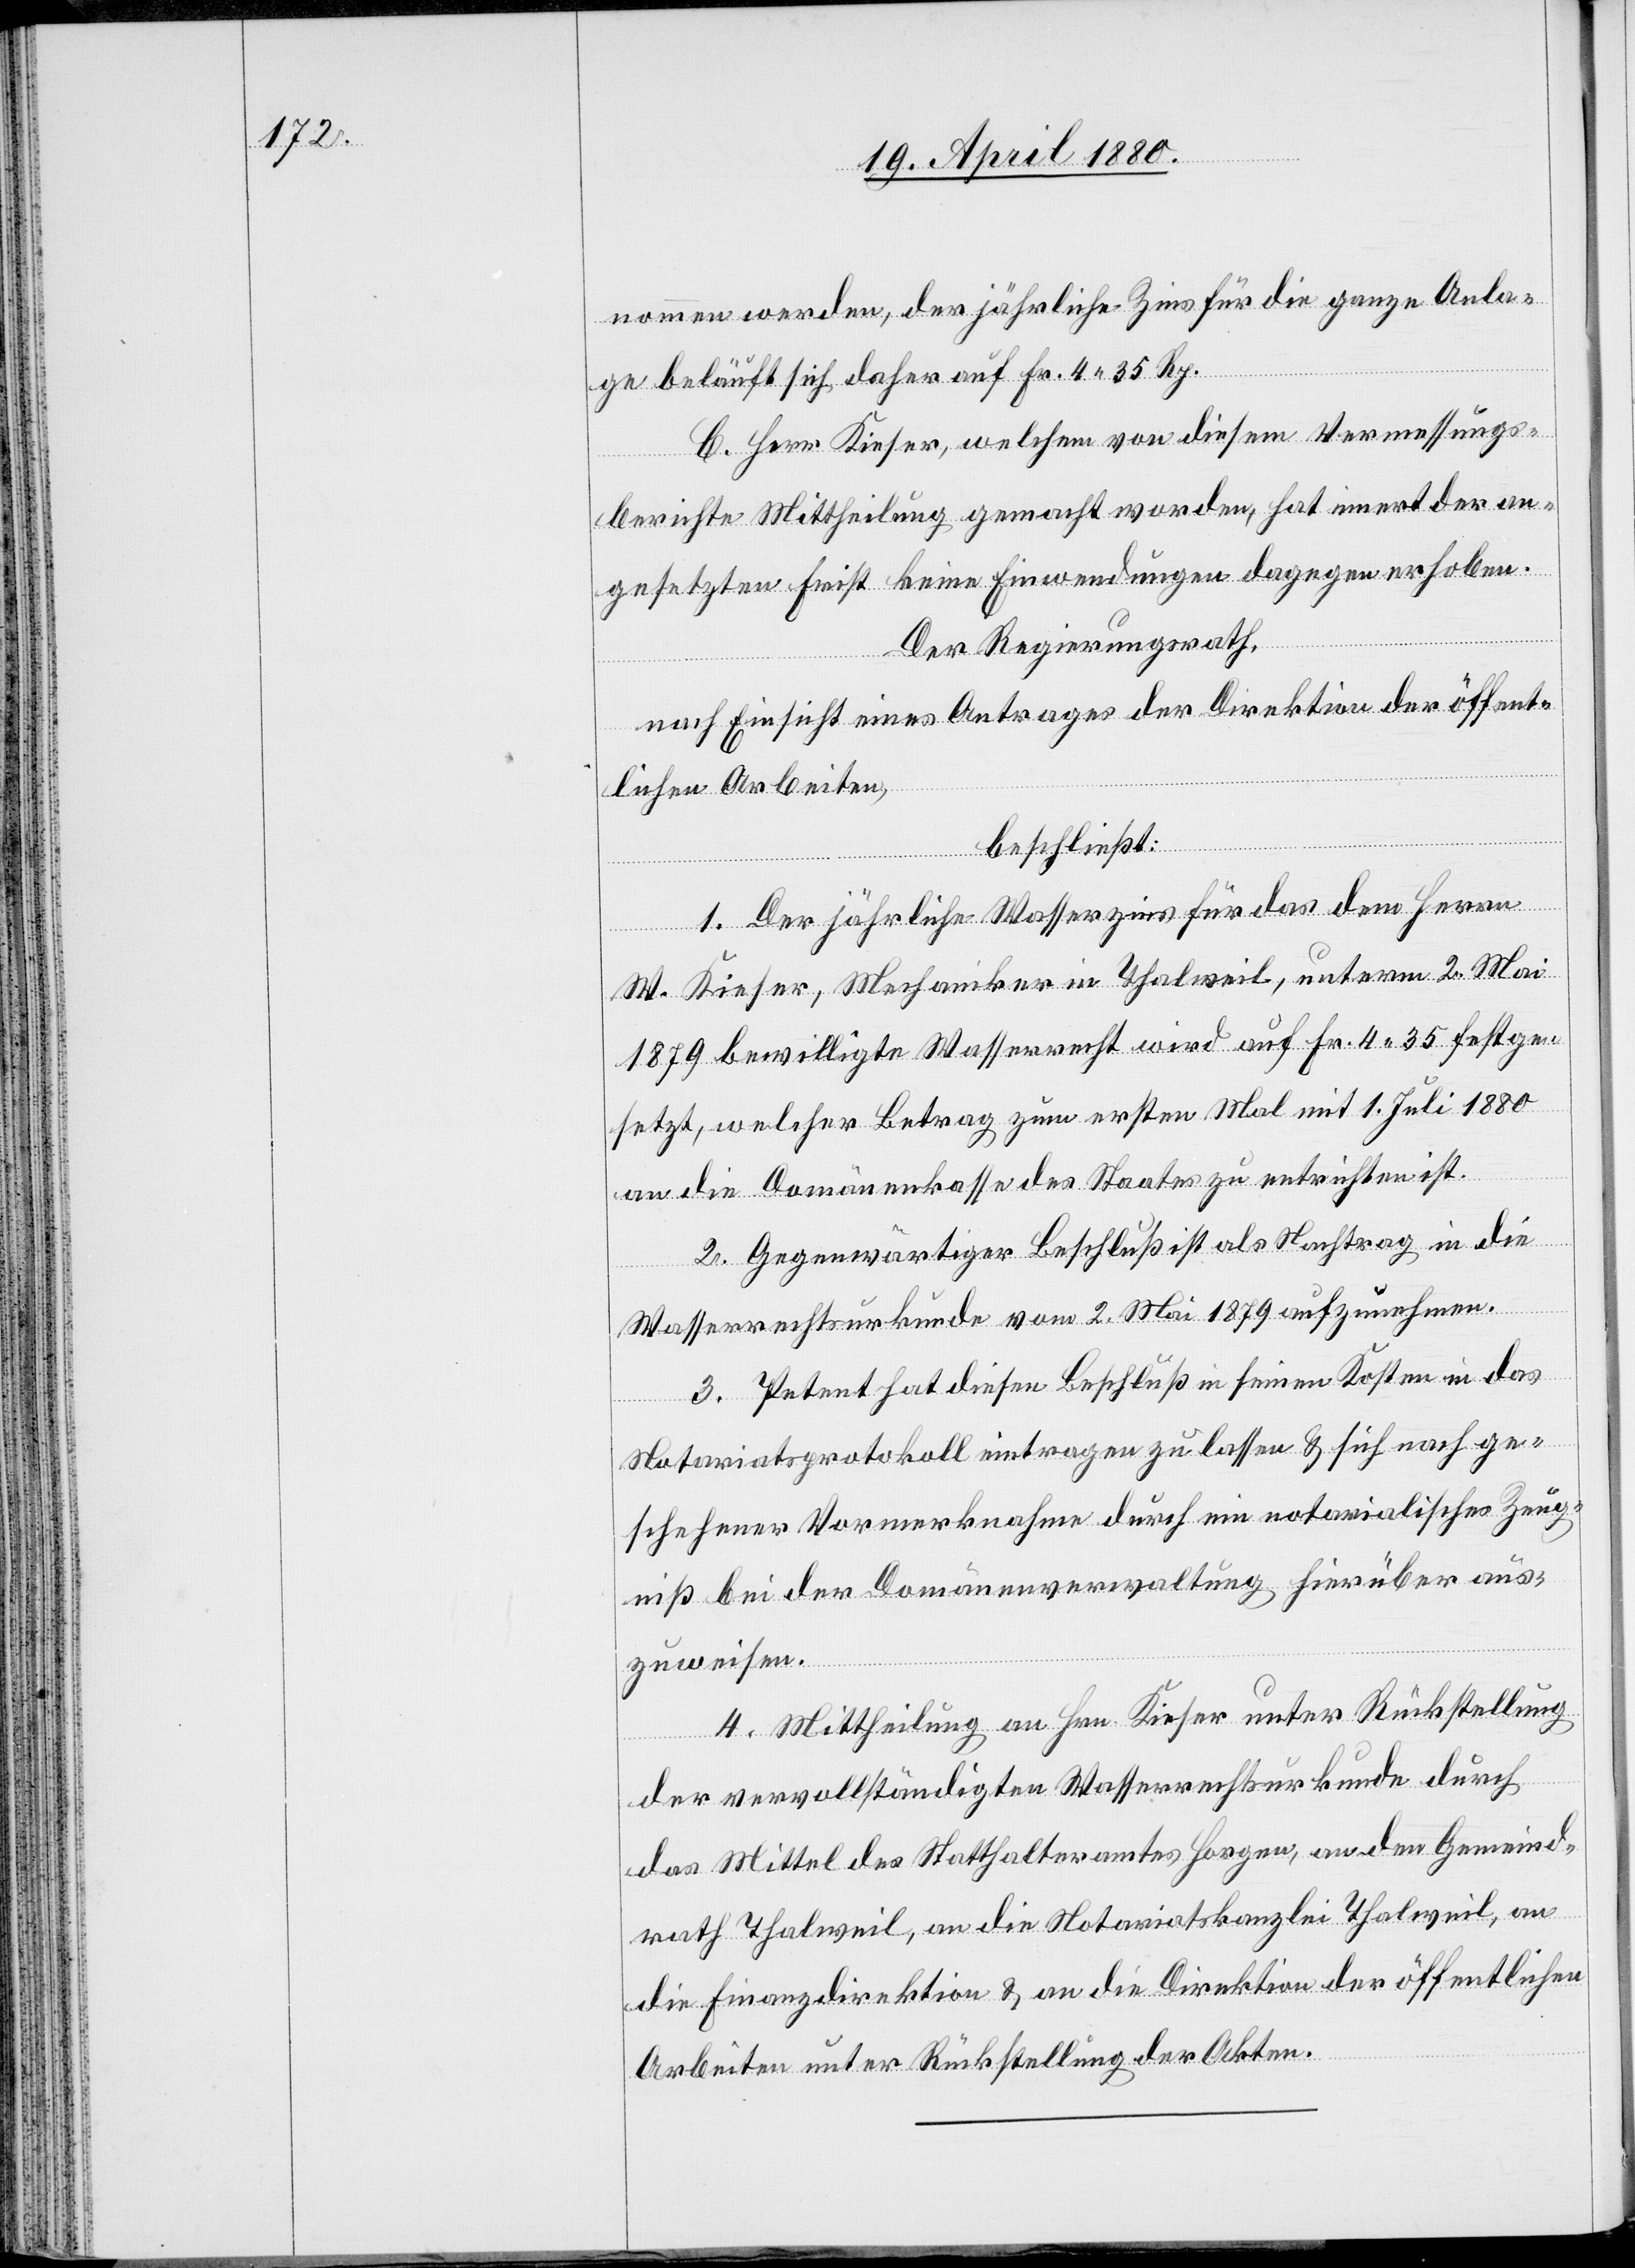
nommen werden, der jährliche Zins für die ganze Anla¬
ge beläuft sich daher auf Fr. 5. 35 Rp.
C. Herr Kieser, welchem von diesem Vermessungs¬
berichte Mittheilung gemacht worden ist, hat innert der an¬
gesetzten Frist keine Einwendungen dagegen erhoben.
Der Regierungsrath,
nach Einsicht eines Antrages der Direktion des In¬
beschließt:
1. Der jährliche Wasserzins für das dem Herrn
W. Kieser, Mechaniker in Thalweil, unterm 2. Mai
1879 bewilligte Wasserrecht wird auf Fr. 4.35 festge¬
setzt, welcher Betrag zum ersten Mal mit 1. Juli 1880
an die Domänenkasse des Staates zu entrichten ist.
2. Gegenwärtiger Beschluß ist als Nachtrag in die
Wasserrechtsurkunde vom 2. Mai 1879 aufzunehmen.
3. Petent hat diesen Beschluß in seinen Kosten in das
Notariatsprotokoll eintragen zu lassen & sich nach ge¬
schehener Vormerknahme durch ein notarialisches Zeug¬
niß bei der Domänenverwaltung hierüber aus¬
nern,
zuweisen.
4. Mittheilung an Hrn. Kieser unter Rückstellung
der vervollständigten Wasserrechtsurkunde durch
das Mittel des Statthalteramtes Horgen, an den Gemeind¬
rath Thalweil, an die Notariatskanzlei Thalweil, an
die Finanzdirektion & an die Direktion der öffentlichen
Arbeiten unter Rückstellung der Akten.